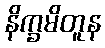
နိက္ခမိတူန